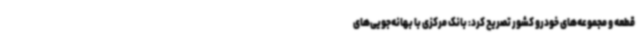
قطعه و مجموعه‌های خودرو کشور تصریح کرد: بانک مرکزی با بهانه‌جویی‌های